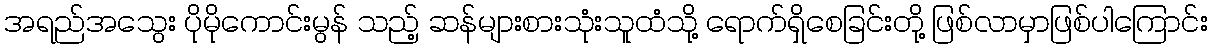
အရည်အသွေး ပိုမိုကောင်းမွန် သည့် ဆန်များစားသုံးသူထံသို့ ရောက်ရှိစေခြင်းတို့ ဖြစ်လာမှာဖြစ်ပါကြောင်း